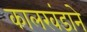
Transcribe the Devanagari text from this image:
कालखंडाने